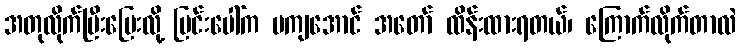
အတုလိုက်ပြီးပြေးလို့ မြင်းပေါ်က မကျအောင် အတော် ထိန်းထားရတယ်၊ ကြောက်လိုက်တာလဲ